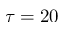
\tau = 2 0